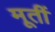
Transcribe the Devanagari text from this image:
मूतीं